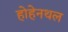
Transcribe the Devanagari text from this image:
होहेनथल